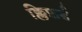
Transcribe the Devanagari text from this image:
क्लिफ़र्ड